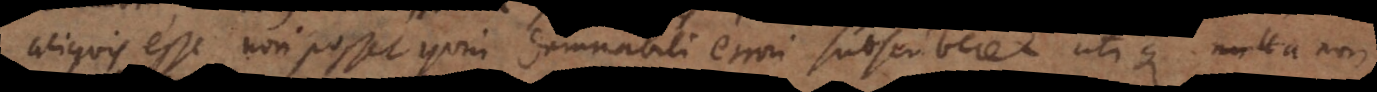
aliquis esse non posset quin damnabili errori subscriberet utique